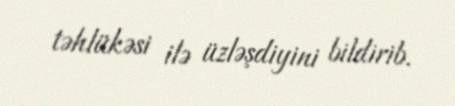
təhlükəsi ilə üzləşdiyini bildirib.